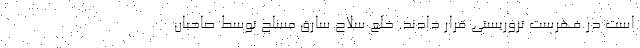
است در فهرست تروریستی قرار دادند. خلع سلاح سارق مسلح توسط صاحبان